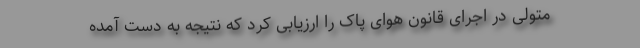
متولی در اجرای قانون هوای پاک را ارزیابی کرد که نتیجه به دست آمده